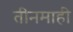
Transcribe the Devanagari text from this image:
तीनमाही